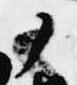
ノ